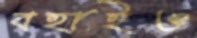
বহাইও